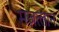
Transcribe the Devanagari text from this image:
मज़त्लान